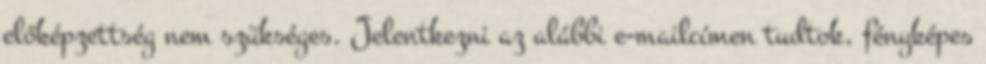
előképzettség nem szükséges. Jelentkezni az alábbi e-mailcímen tudtok, fényképes